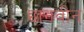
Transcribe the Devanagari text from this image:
छानवीन